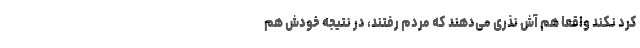
كرد نكند واقعا هم آش نذری می‌دهند كه مردم رفتند، در نتیجه خودش هم